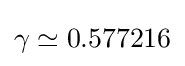
\gamma \simeq 0.577216